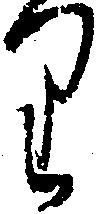
り